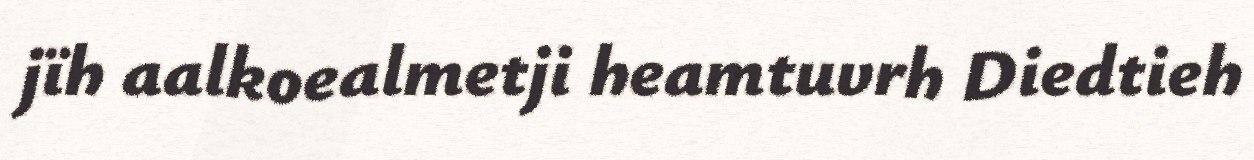
jïh aalkoealmetji heamtuvrh Diedtieh